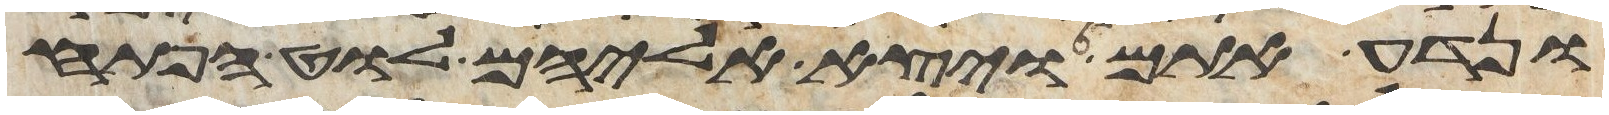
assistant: ונדע אתם ויצא אליהם לוט הפתח